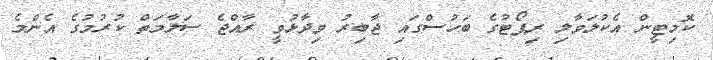
ކޮމިޓީން އެކުލަވާލި ރިޕޯޓުގެ ބަހުސްގައި ޖާބިރު ވިދާޅުވީ ރާއްޖެ ސަލާމަތް ކުރުމުގެ އެންމެ